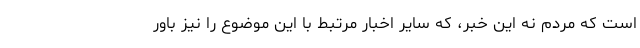
است که مردم نه این خبر، که سایر اخبار مرتبط با این موضوع را نیز باور